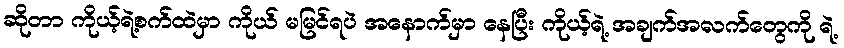
ဆိုတာ ကိုယ့်ရဲ့စက်ထဲမှာ ကိုယ် မမြင်ရပဲ အနောက်မှာ နေပြီး ကိုယ့်ရဲ့ အချက်အလက်တွေကို ရဲ့